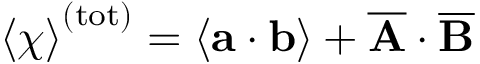
\left\langle \chi \right\rangle ^ { ( \mathrm { t o t } ) } = \left\langle \mathbf { a } \cdot \mathbf { b } \right\rangle + \overline { { \mathbf { A } } } \cdot \overline { { \mathbf { B } } }